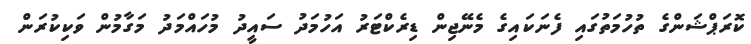
ކޮރަޕްޝަންގެ ތުހުމަތުގައި ފެނަކައިގެ މެނޭޖިން ޑިރެކްޓަރު އަހުމަދު ސައީދު މުހައްމަދު މަގާމުން ވަކިކުރަން